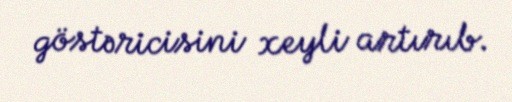
göstəricisini xeyli artırıb.